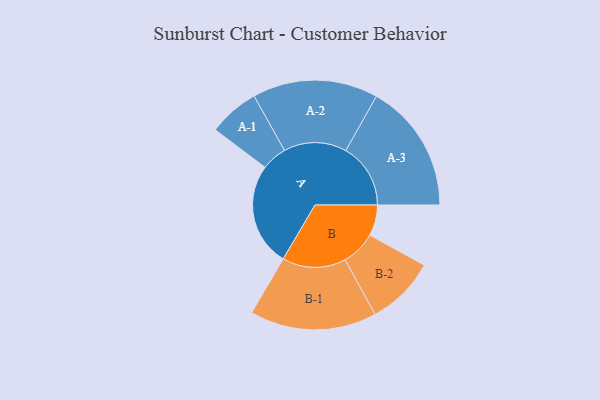
{"axis": {"x": "Segment", "y": "Value"}, "legend": ["", "A", "B"], "data": [{"x": "A", "y": 459, "type": ""}, {"x": "B", "y": 137, "type": ""}, {"x": "A-1", "y": 113, "type": "A"}, {"x": "A-2", "y": 279, "type": "A"}, {"x": "A-3", "y": 288, "type": "A"}, {"x": "B-1", "y": 282, "type": "B"}, {"x": "B-2", "y": 154, "type": "B"}]}